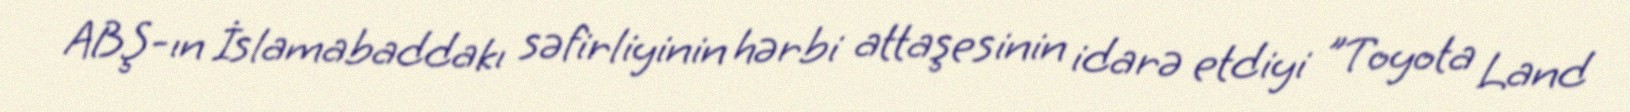
ABŞ-ın İslamabaddakı səfirliyinin hərbi attaşesinin idarə etdiyi "Toyota Land